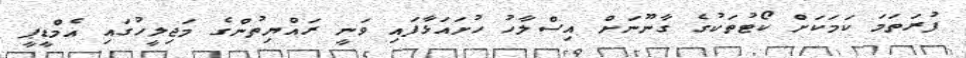
ފުރަތަމަ ކަމަކަށް ކޯޓުތަކުގެ ގާނޫނަށް އިސްލާހު ހުށައަޅާފައި ވަނީ ރައްޔިތުންގެ މަޖިލީހުގައި އެމްޑީޕީ